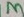
Text: 3